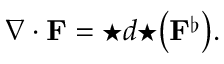
\nabla \cdot { \mathbf { F } } = { \star } d { \star } { \big ( } { \mathbf { F } } ^ { \flat } { \big ) } .